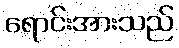
ရောင်းအားသည်